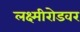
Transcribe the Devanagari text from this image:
लक्ष्मीरोडवर